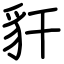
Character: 豻